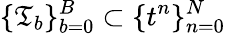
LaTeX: \{ \mathfrak{T}_{b}\} _{b=0}^{B}\subset\{ t^{n}\} _{n=0}^{N}